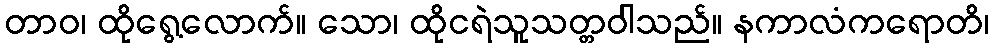
တာဝ၊ ထိုရွေ့လောက်။ သော၊ ထိုငရဲသူသတ္တဝါသည်။ နကာလံကရောတိ၊